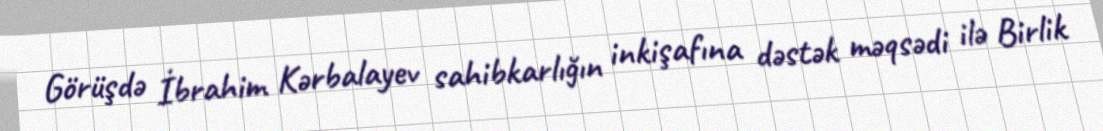
Görüşdə İbrahim Kərbalayev sahibkarlığın inkişafına dəstək məqsədi ilə Birlik